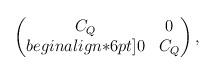
LaTeX: \begin{align*}\begin{pmatrix}C_Q & 0 \\begin{align*}6pt]0 & C_Q\end{pmatrix},\end{align*}